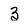
Character: 3